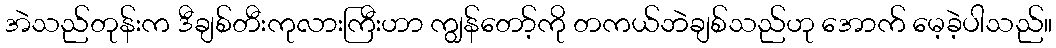
အဲသည်တုန်းက ဒီချစ်တီးကုလားကြီးဟာ ကျွန်တော့်ကို တကယ်ဘဲချစ်သည်ဟု အောက် မေ့ခဲ့ပါသည်။